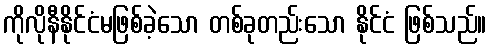
ကိုလိုနီနိုင်ငံမဖြစ်ခဲ့သော တစ်ခုတည်းသော နိုင်ငံ ဖြစ်သည်။